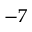
- 7